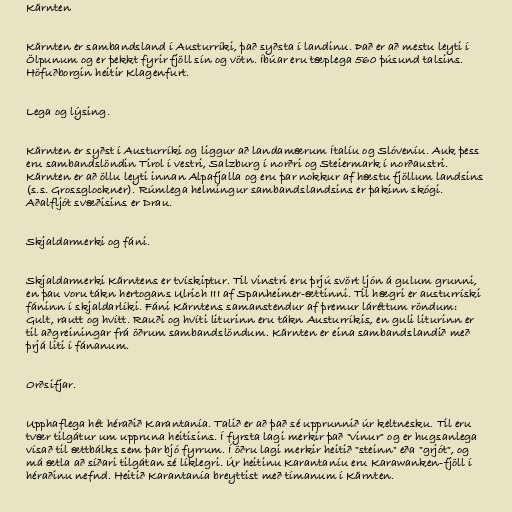
Kärnten

Kärnten er sambandsland í Austurríki, það syðsta í landinu. Það er að mestu leyti í
Ölpunum og er þekkt fyrir fjöll sín og vötn. Íbúar eru tæplega 560 þúsund talsins.
Höfuðborgin heitir Klagenfurt.

Lega og lýsing.

Kärnten er syðst í Austurríki og liggur að landamærum Ítalíu og Slóveníu. Auk þess
eru sambandslöndin Tirol í vestri, Salzburg í norðri og Steiermark í norðaustri.
Kärnten er að öllu leyti innan Alpafjalla og eru þar nokkur af hæstu fjöllum landsins
(s.s. Grossglockner). Rúmlega helmingur sambandslandsins er þakinn skógi.
Aðalfljót svæðisins er Drau.

Skjaldarmerki og fáni.

Skjaldarmerki Kärntens er tvískiptur. Til vinstri eru þrjú svört ljón á gulum grunni,
en þau voru tákn hertogans Ulrich III af Spanheimer-ættinni. Til hægri er austurríski
fáninn í skjaldarlíki. Fáni Kärntens samanstendur af þremur láréttum röndum:
Gult, rautt og hvítt. Rauði og hvíti liturinn eru tákn Austurríkis, en guli liturinn er
til aðgreiningar frá öðrum sambandslöndum. Kärnten er eina sambandslandið með
þrjá liti í fánanum.

Orðsifjar.

Upphaflega hét héraðið Karantanía. Talið er að það sé upprunnið úr keltnesku. Til eru
tvær tilgátur um uppruna heitisins. Í fyrsta lagi merkir það "vinur" og er hugsanlega
vísað til ættbálks sem þar bjó fyrrum. Í öðru lagi merkir heitið "steinn" eða "grjót", og
má ætla að síðari tilgátan sé líklegri. Úr heitinu Karantaníu eru Karawanken-fjöll í
héraðinu nefnd. Heitið Karantanía breyttist með tímanum í Kärnten.